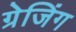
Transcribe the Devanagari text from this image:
ग्रेजिंग